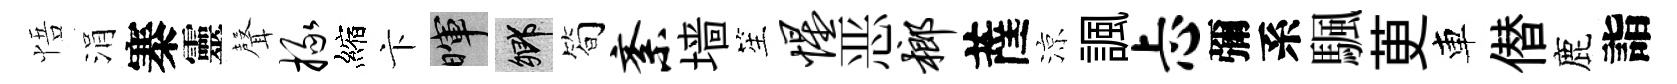
悟涓寨靈𮋻掾縮卞暉鄉简紊墙笙惺恶榔薩涼諷忐彌系颿茰車僣鹿詣